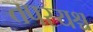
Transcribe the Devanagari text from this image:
तपस्यश्च